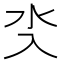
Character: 𣱸